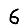
Digit: 6